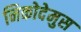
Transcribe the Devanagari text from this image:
निकोदेमुस